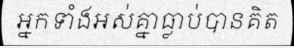
អ្នកទាំងអស់គ្នាធ្លាប់បានគិត